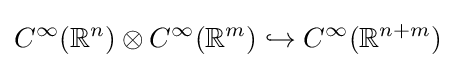
C^{\infty }(\mathbb {R} ^{n})\otimes C^{\infty }(\mathbb {R} ^{m})\hookrightarrow C^{\infty }(\mathbb {R} ^{n+m})